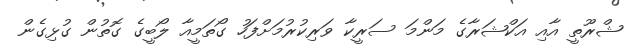
ޝްރޫތީ އާއި އަކްޝަރާގެ މަންމަ ސަރީކާ ވަރިކުރުމަށްފަހު ގޯތަމީއާ ލޯބީގެ ގޮތުން ގުޅިގެން